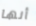
أنها